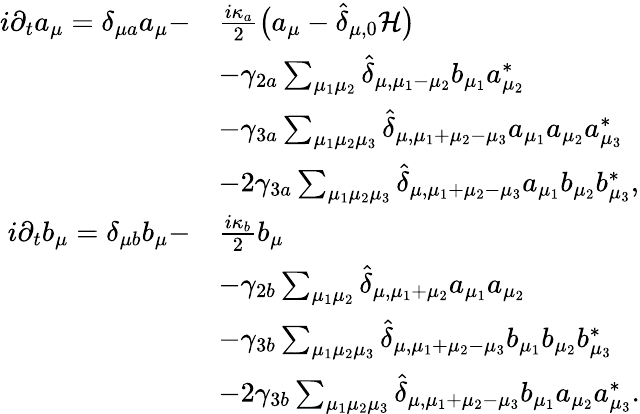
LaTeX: \begin{array}{rl}{i\partial_{t}a_{\mu}=\delta_{\mu a}a_{\mu}-}&{\frac{i\kappa_{a}}{2}\big(a_{\mu}-\widehat\delta_{\mu,0}{\cal H}\big)}\\ &{-\gamma_{2a}\sum_{\mu_{1}\mu_{2}}\widehat\delta_{\mu,\mu_{1}-\mu_{2}}b_{\mu_{1}}a_{\mu_{2}}^{*}}\\ &{-\gamma_{3a}\sum_{\mu_{1}\mu_{2}\mu_{3}}\widehat\delta_{\mu,\mu_{1}+\mu_{2}-\mu_{3}}a_{\mu_{1}}a_{\mu_{2}}a_{\mu_{3}}^{*}}\\ &{-2\gamma_{3a}\sum_{\mu_{1}\mu_{2}\mu_{3}}\widehat\delta_{\mu,\mu_{1}+\mu_{2}-\mu_{3}}a_{\mu_{1}}b_{\mu_{2}}b_{\mu_{3}}^{*},}\\ {i\partial_{t}b_{\mu}=\delta_{\mu b}b_{\mu}-}&{\frac{i\kappa_{b}}{2}b_{\mu}}\\ &{-\gamma_{2b}\sum_{\mu_{1}\mu_{2}}\widehat\delta_{\mu,\mu_{1}+\mu_{2}}a_{\mu_{1}}a_{\mu_{2}}}\\ &{-\gamma_{3b}\sum_{\mu_{1}\mu_{2}\mu_{3}}\widehat\delta_{\mu,\mu_{1}+\mu_{2}-\mu_{3}}b_{\mu_{1}}b_{\mu_{2}}b_{\mu_{3}}^{*}}\\ &{-2\gamma_{3b}\sum_{\mu_{1}\mu_{2}\mu_{3}}\widehat\delta_{\mu,\mu_{1}+\mu_{2}-\mu_{3}}b_{\mu_{1}}a_{\mu_{2}}a_{\mu_{3}}^{*}.}\end{array}